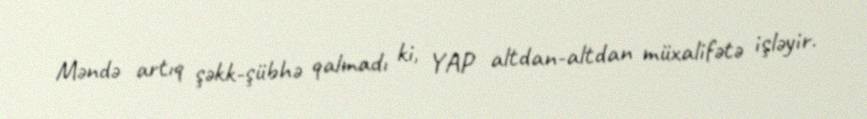
Məndə artıq şəkk-şübhə qalmadı ki, YAP altdan-altdan müxalifətə işləyir.